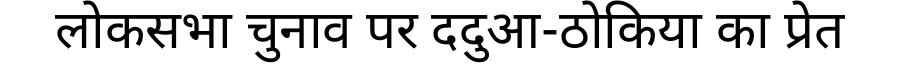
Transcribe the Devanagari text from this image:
लोकसभा चुनाव पर ददुआ-ठोकिया का प्रेत